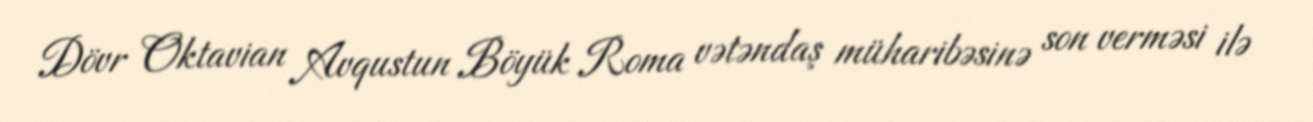
Dövr Oktavian Avqustun Böyük Roma vətəndaş müharibəsinə son verməsi ilə